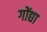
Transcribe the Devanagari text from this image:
गोंद्या